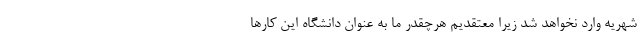
شهریه وارد نخواهد شد زیرا معتقدیم هرچقدر ما به عنوان دانشگاه این کارها